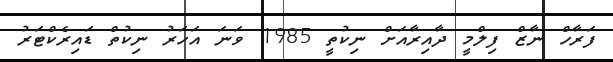
ފަރާހް ނާޒް ފިލްމީ ދާއިރާއަށް ނިކުތީ 1985 ވަނަ އަހަރު ނިކުތް ޑައިރެކްޓަރު